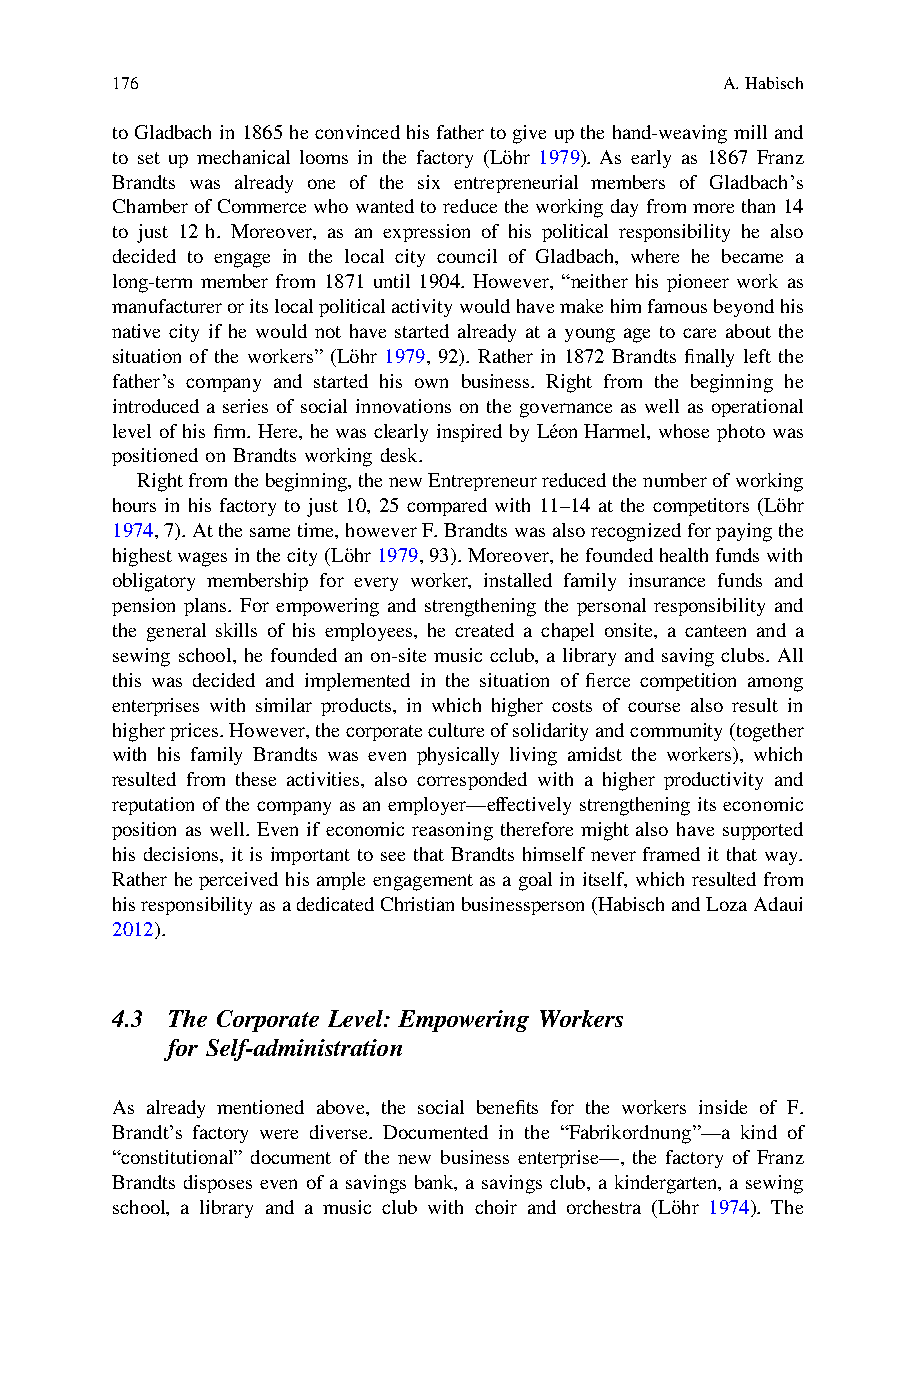
176                                      A.Habisch
 toGladbach in1865heconvincedhisfather togiveupthehand-weavingmilland
 to set up mechanical looms in the factory (Löhr 1979). As early as 1867 Franz
 Brandts was already one of the six entrepreneurial members of Gladbach’s
 Chamber ofCommercewhowantedtoreduce theworkingdayfrommorethan 14
 to just 12 h. Moreover, as an expression of his political responsibility he also
 decided to engage in the local city council of Gladbach, where he became a
 long-term member from 1871 until 1904. However, “neither his pioneer work as
 manufactureroritslocalpoliticalactivitywouldhavemakehimfamousbeyondhis
 native city if he would not have started already at a young age to care about the
 situation of the workers” (Löhr 1979, 92). Rather in 1872 Brandts finally left the
 father’s company and started his own business. Right from the beginning he
 introduced a series of social innovations on the governance as well as operational
 level of his firm. Here, he was clearly inspired by Léon Harmel, whose photo was
 positioned on Brandts working desk.
 Rightfromthebeginning,thenewEntrepreneurreducedthenumberofworking
 hours in his factory to just 10, 25 compared with 11–14 at the competitors (Löhr
 1974,7).Atthesametime,howeverF.Brandtswasalsorecognizedforpayingthe
 highestwagesinthecity(Löhr1979,93).Moreover,hefoundedhealthfundswith
 obligatory membership for every worker, installed family insurance funds and
 pension plans. For empowering and strengthening the personal responsibility and
 the general skills of his employees, he created a chapel onsite, a canteen and a
 sewing school, he founded an on-site music cclub, a library and saving clubs. All
 this was decided and implemented in the situation of fierce competition among
 enterprises with similar products, in which higher costs of course also result in
 higherprices.However,thecorporatecultureofsolidarityandcommunity(together
 with his family Brandts was even physically living amidst the workers), which
 resulted from these activities, also corresponded with a higher productivity and
 reputation of the company as an employer—effectively strengthening its economic
 position as well. Even if economic reasoning therefore might also have supported
 his decisions, it is important to see that Brandts himself never framed it that way.
 Rather he perceived his ample engagement as a goal in itself, which resulted from
 hisresponsibilityasadedicatedChristianbusinessperson(HabischandLozaAdaui
 2012).
 4.3 The Corporate Level: Empowering Workers
 for Self-administration
 As already mentioned above, the social benefits for the workers inside of F.
 Brandt’s factory were diverse. Documented in the “Fabrikordnung”—a kind of
 “constitutional” document of the new business enterprise—, the factory of Franz
 Brandts disposes even of a savings bank, a savings club, a kindergarten, a sewing
 school, a library and a music club with choir and orchestra (Löhr 1974). The